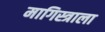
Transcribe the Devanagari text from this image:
मागिस्त्राला